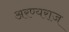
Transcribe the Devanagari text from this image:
अरण्यराज